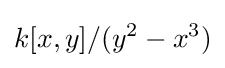
k[x,y]/(y^{2}-x^{3})